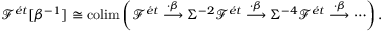
\mathcal { F } ^ { \acute { e } t } [ \beta ^ { - 1 } ] \cong \operatorname * { c o l i m } \left( \mathcal { F } ^ { \acute { e } t } \overset { \cdot \beta } { \longrightarrow } \Sigma ^ { - 2 } \mathcal { F } ^ { \acute { e } t } \overset { \cdot \beta } { \longrightarrow } \Sigma ^ { - 4 } \mathcal { F } ^ { \acute { e } t } \overset { \cdot \beta } { \longrightarrow } \cdots \right) \mathrm { . }